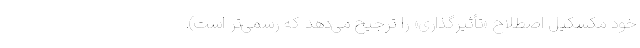
خود مکسکیل اصطلاح «تأثیر‌گذاری» را ترجیح می‌دهد که رسمی‌تر است).